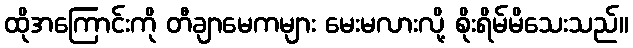
ထိုအကြောင်းကို တီချာမေကများ မေးမလားလို့ စိုးရိမ်မိသေးသည်။